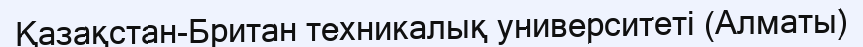
Қазақстан-Британ техникалық университеті (Алматы)